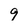
Character: 9